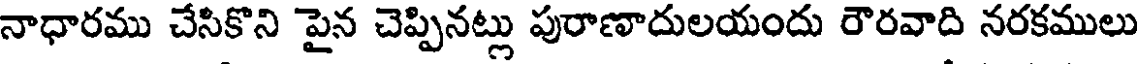
నాధారము చేసికొని పైన చెప్పినట్లు పురాణాదులయందు రౌరవాది నరకములు